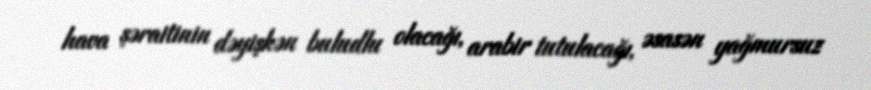
hava şəraitinin dəyişkən buludlu olacağı, arabir tutulacağı, əsasən yağmursuz